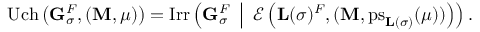
\mathrm { U c h } \left( { \mathbf { G } } _ { \sigma } ^ { F } , ( { \mathbf { M } } , \mu ) \right) = \mathrm { I r r } \left( { \mathbf { G } } _ { \sigma } ^ { F } \enspace \middle | \enspace { \mathcal { E } } \left( { \mathbf { L } } ( \sigma ) ^ { F } , ( { \mathbf { M } } , \mathrm { p s } _ { { \mathbf { L } } ( \sigma ) } ( \mu ) ) \right) \right) .